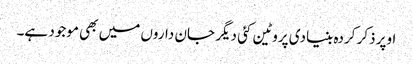
اوپر ذکر کردہ بنیادی پروٹین کئی دیگر جان داروں میں بھی موجود ہے۔